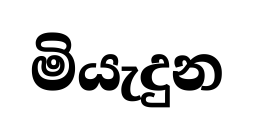
මියැදුන